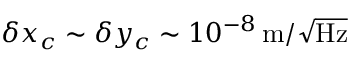
\delta x _ { c } \sim \delta y _ { c } \sim 1 0 ^ { - 8 } \, \mathrm { m } / \sqrt { \mathrm { H z } }